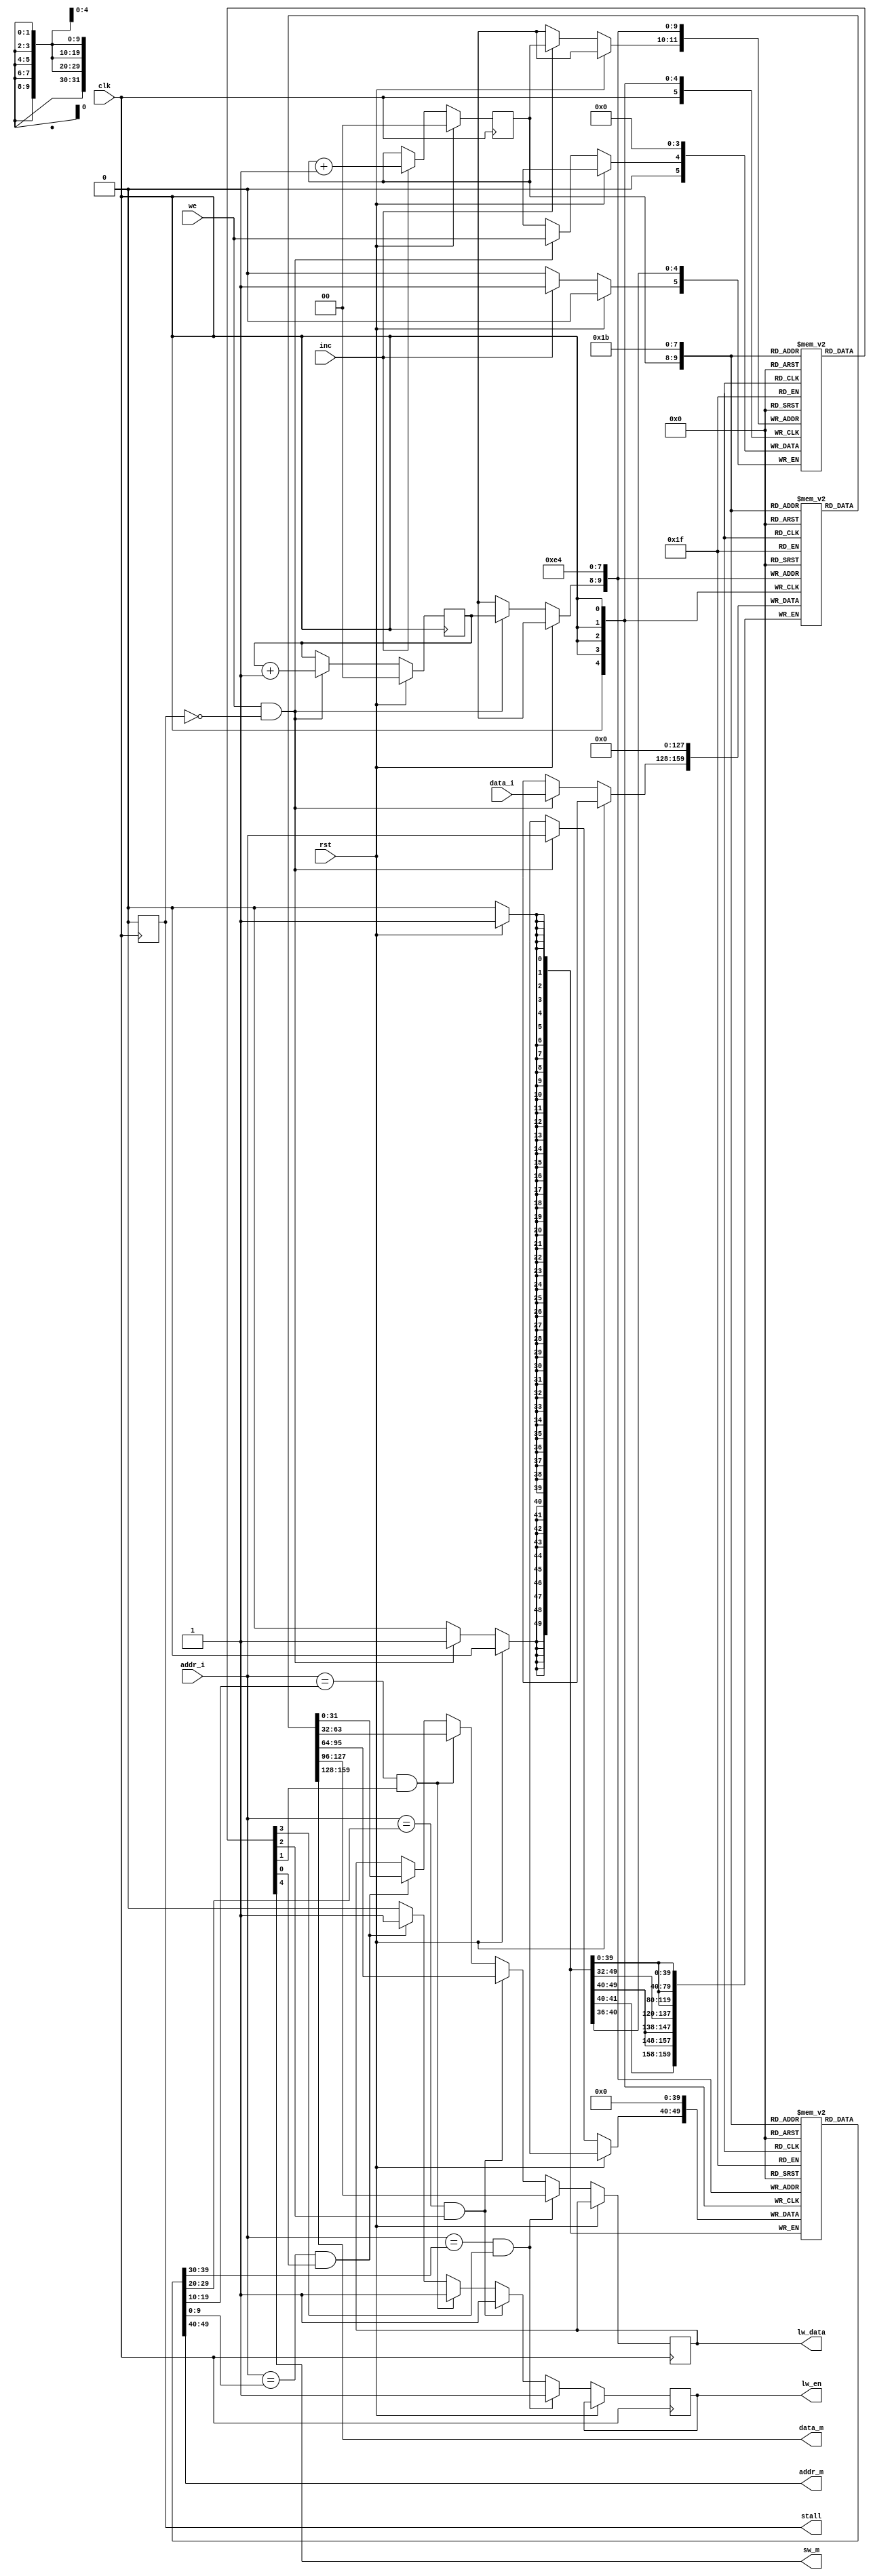
module sw_buffer(

input clk, rst, inc, we,
input [9:0] addr_i,
input [31:0] data_i,

output reg lw_en,
output reg [31:0] lw_data,

output sw_m,
output [9:0] addr_m,
output [31:0] data_m,
output reg stall

);


	reg [9:0]  addr [3:0];
	
	reg [31:0] data [3:0];
	
	reg        sw   [3:0];
	
	
	reg [1:0] wr_p, rd_p;
	
	
	assign data_m = data[rd_p];
	
	assign addr_m = addr[rd_p];
	
	assign sw_m   = sw  [rd_p];
	
	always@(posedge clk) begin : MAIN_BLOCK
	
		integer i;
	
		if (rst) begin
		
			for (i = 0; i < 4; i = i + 1) begin
			
				sw   [i] <= 1'b0;
			
				addr [i] <= 10'b0;
				
				data [i] <= 32'b0;
		
			end
			
			wr_p <= 2'b0;
			
			rd_p <= 2'b0;
			
			stall <= 1'b0;
		
		end
		
		else begin
		
			if (we & ~stall) begin
			
				data [wr_p] <= data_i;
				
				addr [wr_p] <= addr_i;
				
				sw   [wr_p] <= we;
			
			end
			
			lw_en = 1'b1;
			
			if      ((addr_i == addr[0]) & sw[0]) lw_data <= data[0];
			
			else if ((addr_i == addr[1]) & sw[1]) lw_data <= data[1];
			
			else if ((addr_i == addr[2]) & sw[2]) lw_data <= data[2];
			
			else if ((addr_i == addr[3]) & sw[3]) lw_data <= data[3];
			
			else 								           lw_en    = 1'b0;
			
			if (inc) begin 
			
				rd_p <= rd_p + 2'b1;
				
				sw[rd_p] <= 1'b0;
				
			end
			
			if (we & ~stall) wr_p <= wr_p + 2'b1;
						
			stall <= 1'b0;
		
		end
	
	end

endmodule